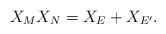
LaTeX: \begin{align*} X_MX_N=X_E+X_{E'}. \end{align*}